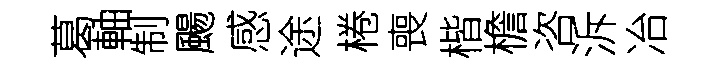
葛軸制颺感途棬喪楷檐咨泝冶